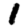
Digit: 1